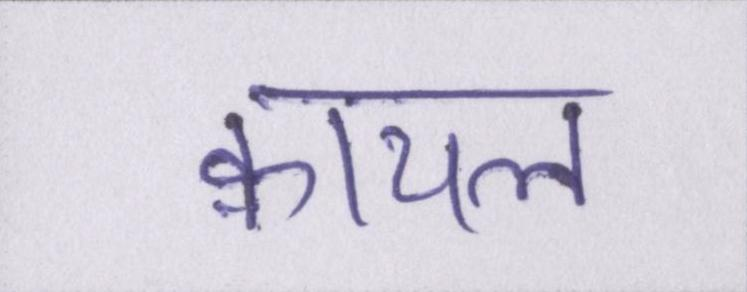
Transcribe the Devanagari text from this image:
क़ायल